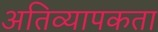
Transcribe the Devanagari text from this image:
अतिव्यापकता